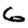
Digit: 6